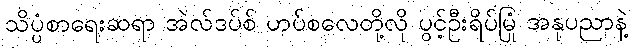
သိပ္ပံစာရေးဆရာ အဲလ်ဒပ်စ် ဟပ်စလေတို့လို ပွင့်ဦးရိပ်မြုံ အနုပညာနဲ့